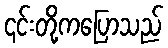
၎င်းတို့ကပြောသည်